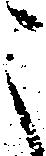
之